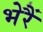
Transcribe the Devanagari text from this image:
भेरैं